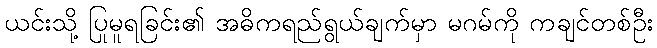
ယင်းသို့ ပြုမူရခြင်း၏ အဓိကရည်ရွယ်ချက်မှာ မဂမ်ကို ကချင်တစ်ဦး